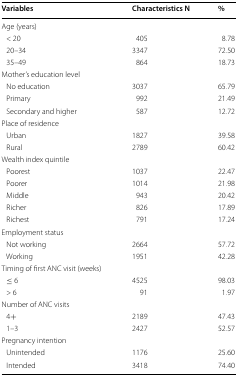
| Variables | Characteristics N | % |
 | --- | --- | --- |
 | <COLSPAN=3> Age (years) |
 | < 20 | 405 | 8.78 |
 | 20–34 | 3347 | 72.50 |
 | 35–49 | 864 | 18.73 |
 | <COLSPAN=3> Mother’s education level |
 | No education | 3037 | 65.79 |
 | Primary | 992 | 21.49 |
 | Secondary and higher | 587 | 12.72 |
 | <COLSPAN=3> Place of residence |
 | Urban | 1827 | 39.58 |
 | Rural | 2789 | 60.42 |
 | <COLSPAN=3> Wealth index quintile |
 | Poorest | 1037 | 22.47 |
 | Poorer | 1014 | 21.98 |
 | Middle | 943 | 20.42 |
 | Richer | 826 | 17.89 |
 | Richest | 791 | 17.24 |
 | <COLSPAN=3> Employment status |
 | Not working | 2664 | 57.72 |
 | Working | 1951 | 42.28 |
 | <COLSPAN=3> Timing of first ANC visit (weeks) |
 | ≤ 6 | 4525 | 98.03 |
 | > 6 | 91 | 1.97 |
 | <COLSPAN=3> Number of ANC visits |
 | 4+ | 2189 | 47.43 |
 | 1–3 | 2427 | 52.57 |
 | <COLSPAN=3> Pregnancy intention |
 | Unintended | 1176 | 25.60 |
 | Intended | 3418 | 74.40 |